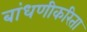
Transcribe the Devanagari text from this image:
बांधणीकरिता